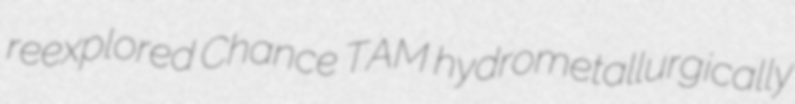
reexplored Chance TAM hydrometallurgically